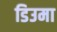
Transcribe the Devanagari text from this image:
डिउमा